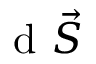
\mathrm { ~ d ~ } \Vec { S }